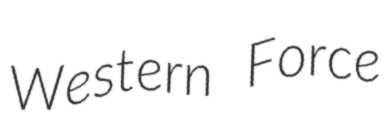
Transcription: Western Force